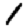
Digit: 1